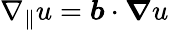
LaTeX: \nabla_{\parallel}u=\boldsymbol{b}\cdot\boldsymbol{\nabla}u